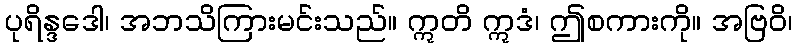
ပုရိန္ဒဒေါ၊ အဘသိကြားမင်းသည်။ ဣတိ ဣဒံ၊ ဤစကားကို။ အဗြဝိ၊